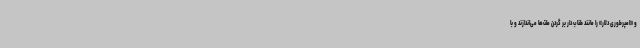
و «امپرطوری دلار» را مانند طناب دار بر گردن ملت‌ها می‌اندازند و با